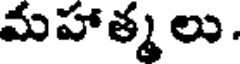
మహాత్మలు.